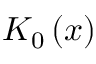
K _ { 0 } \left( x \right)